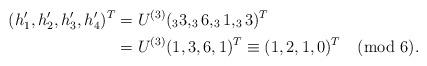
LaTeX: \begin{align*}(h'_1, h'_2,h'_3, h'_4)^T&=U^{(3)}(_33, _36, _31,_33)^T\\&=U^{(3)}(1,3,6,1)^T\equiv(1,2,1,0)^T \pmod6.\end{align*}